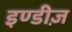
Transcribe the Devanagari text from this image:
इण्डीज़